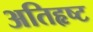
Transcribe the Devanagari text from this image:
अतिहृष्ट